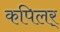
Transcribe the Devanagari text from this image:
कपिलर्